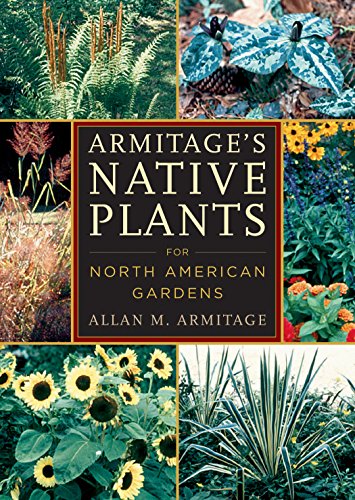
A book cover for Armitage's Native Plants for North American Gardens; Allan M. Armitage; Crafts, Hobbies & Home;